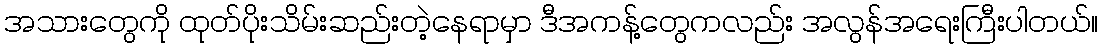
အသားတွေကို ထုတ်ပိုးသိမ်းဆည်းတဲ့နေရာမှာ ဒီအကန့်တွေကလည်း အလွန်အရေးကြီးပါတယ်။